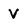
Character: v